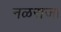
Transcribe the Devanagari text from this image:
नळराजा